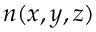
n ( x , y , z )